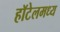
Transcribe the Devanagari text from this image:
हॉटेलमध्य